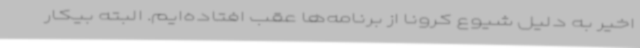
اخیر به دلیل شیوع کرونا از برنامه‌ها عقب افتاده‌ایم. البته بیکار